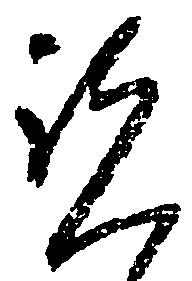
覧